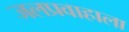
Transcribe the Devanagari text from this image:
जलप्रवाहाला